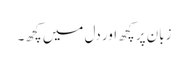
زبان پر کچھ اور دل میں کچھ۔